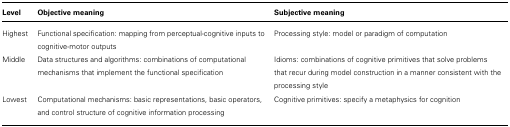
<table><thead><tr><td><b>Level</b></td><td><b>Objective meaning</b></td><td><b>Subjective meaning</b></td></tr></thead><tbody><tr><td>Highest</td><td>Functional specification: mapping from perceptual-cognitive inputs to cognitive-motor outputs</td><td>Processing style: model or paradigm of computation</td></tr><tr><td>Middle</td><td>Data structures and algorithms: combinations of computational mechanisms that implement the functional specification</td><td>Idioms: combinations of cognitive primitives that solve problems that recur during model construction in a manner consistent with the processing style</td></tr><tr><td>Lowest</td><td>Computational mechanisms: basic representations, basic operators, and control structure of cognitive information processing</td><td>Cognitive primitives: specify a metaphysics for cognition</td></tr></tbody></table>